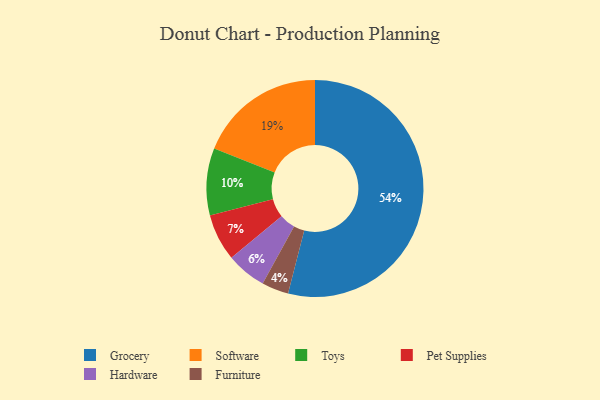
{"axis": {"x": "Category", "y": "Percentage"}, "legend": ["Furniture", "Grocery", "Hardware", "Pet Supplies", "Software", "Toys"], "data": [{"x": "Hardware", "y": 6, "type": "Hardware"}, {"x": "Furniture", "y": 4, "type": "Furniture"}, {"x": "Grocery", "y": 54, "type": "Grocery"}, {"x": "Pet Supplies", "y": 7, "type": "Pet Supplies"}, {"x": "Toys", "y": 10, "type": "Toys"}, {"x": "Software", "y": 19, "type": "Software"}]}